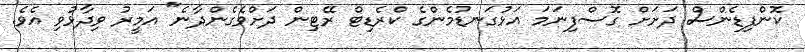
ކޮންފިޑެންސް ދަށަށް ގޮސްފިނަމަ އަޅުގަނޑުމެންގެ ކްރެޑިޓް ރޭޓިން ދަށްވެގެންދާނެ" އަމީރު ވިދާޅުވި އެވެ.